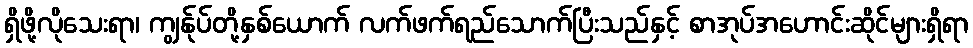
ရှိဖို့လိုသေးရာ၊ ကျွန်ုပ်တို့နှစ်ယောက် လက်ဖက်ရည်သောက်ပြီးသည်နှင့် စာအုပ်အဟောင်းဆိုင်များရှိရာ